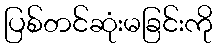
ပြစ်တင်ဆုံးမခြင်းကို